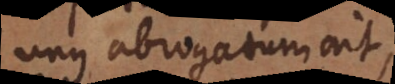
unus abrogatum ait,